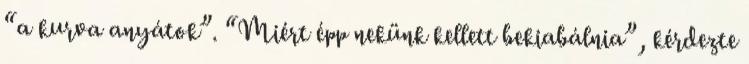
“a kurva anyátok”. “Miért épp nekünk kellett bekiabálnia”, kérdezte